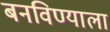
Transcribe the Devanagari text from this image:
बनविण्याला